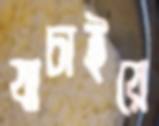
যাচাইয়ে